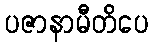
ပဇာနာမီတိပေ